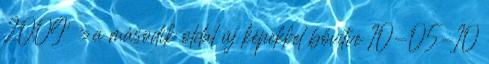
2009' » a második oldal új képekkel bővítve 10-05-10